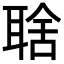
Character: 𦖘